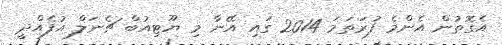
އެގޮތުން އެންމެ ފުރަތަމަ 2014 ގައި އޭނާ މި ޔޫޓިއުބް ޗެނަލް އުފެއްދީ